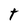
Character: t